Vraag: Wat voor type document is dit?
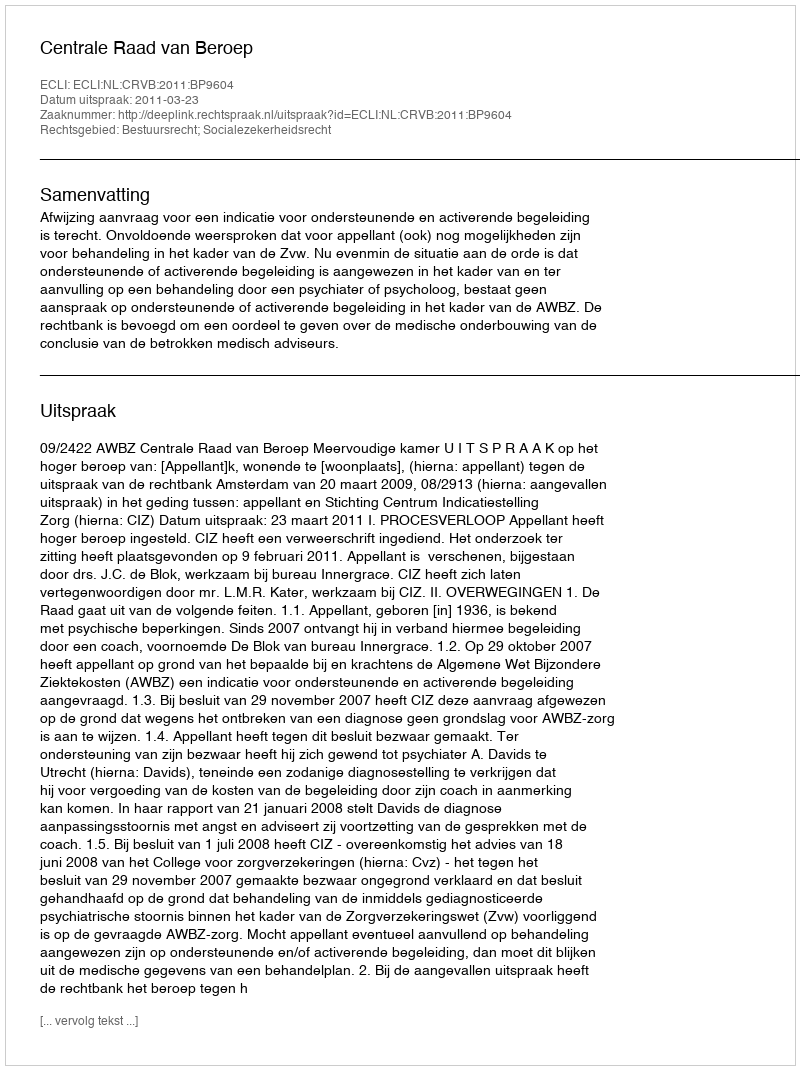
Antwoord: Uitspraak